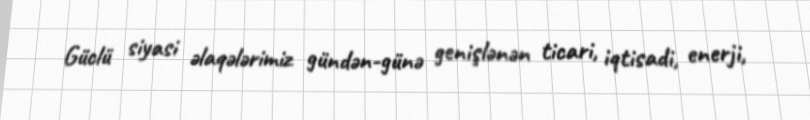
Güclü siyasi əlaqələrimiz gündən-günə genişlənən ticari, iqtisadi, enerji,